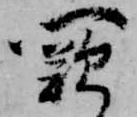
闕